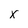
Character: x